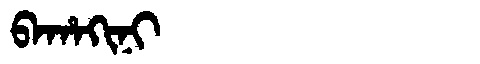
Manchu: ᠪᠠᡥᠠᡴᡳᠨᡳ
Romanization: BAHAKINI